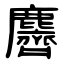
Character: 麡